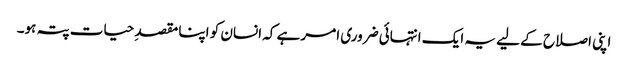
اپنی اصلاح کے لیے یہ ایک انتہائی ضروری امر ہے کہ انسان کو اپنا مقصدِ حیات پتہ ہو۔